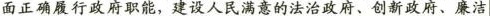
面正确履行政府职能，建设人民满意的法治政府、创新政府、廉洁